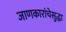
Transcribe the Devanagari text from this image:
जाणकारांचेसुद्धा